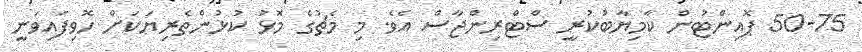
50-75 ޕޮއިންޓުން ކާމިޔާބުކުރީ ސްޓްރިންޖާސް އެވެ. މި މެޗުގެ މޮޅު ކުޅުންތެރިޔަކަށް ހޮވިފައިވަނީ